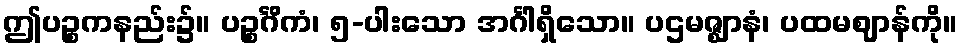
ဤပဉ္စကနည်း၌။ ပဉ္စင်္ဂိကံ၊ ၅-ပါးသော အင်္ဂါရှိသော။ ပဌမဇ္ဈာနံ၊ ပထမဈာန်ကို။